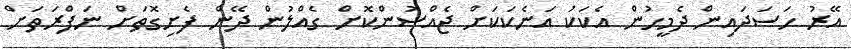
އޭރު ހަސަަދައިން ދެމީހުން އެކަކު އަނެކަކަށް ޖެއްސުންކޮށް ގެއްލުން ދޭން ފެށިގޮތަށް ނަފްރަތަށް